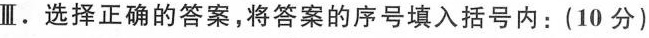
Ⅲ.选择正确的答案,将答案的序号填入括号内:(10 分)